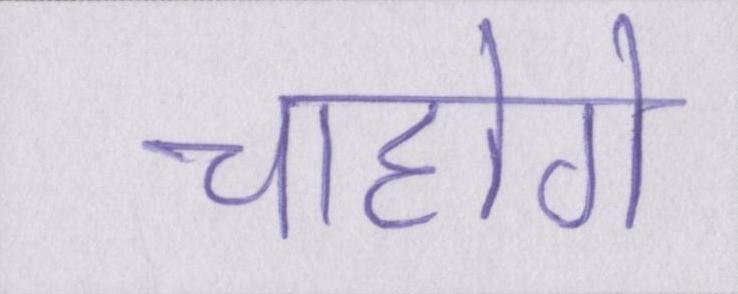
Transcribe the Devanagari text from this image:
चाहोगे